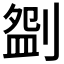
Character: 𠞚